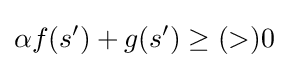
\alpha f(s')+g(s')\geq (>)0